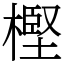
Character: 樫